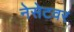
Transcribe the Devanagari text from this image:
नेसेटवर